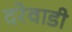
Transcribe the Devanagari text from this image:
दरेवाडी